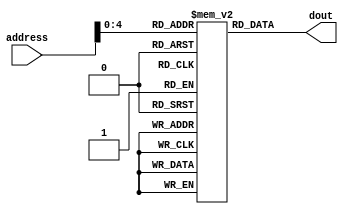
/*
    IMnocDMWraddr32
    
    1		q imem[address]
*/
`timescale 1ns /  1ns
module IMnoc
			(
				input [9:0] address,   //
				output reg [31:0] dout     //
			);

			//q <- imem[address]
			reg [31:0] imem [0:31];
			initial begin
//				imem[0]=32'b00000000001000100001100000100011;//subu $1 $2 $3;
//				imem[1]=32'b00000000001000100001100000100001;//addu $1 $2 $3
//				imem[2]=32'b001101_00010_00001_0000000000000101;//ori $2 5 $1;
//				imem[3]=32'b101011_00001_10000_0000000000000001;//sw $16 1($1);
//				imem[4]=32'b001101_00000_10000_0000011111110011;//ori $16,$0, 11111110011;
//				imem[5]=32'b100011_00001_10000_0000000000000001;//lw $16 1($1);
////				imem[5]=32'b000100_00011_00000_1111111111111110;//beq $3 $0 -2;
////				imem[6]=32'b000100_00011_00011_1111111111111110;//beq $3 $3 -2;
////				imem[7]=32'b00001100_00000000_00001100_00000000;// jal 0x3000;

      //imem[0]=32'b000000_00001_00010_0001100000100011;
      //imem[1]=32'h0c000c01; // jal 0x3004
      
        imem[0]=32'b000000_00001_00010_0001100000100011;//subu $1 $2 $3
        imem[1]=32'b000000_00001_00010_0001100000100001;//addu $1 $2 $3
        imem[2]=32'b001101_00010_00001_0000000000000101;//ori $2 5 $1;
        imem[3]=32'b101011_00001_10000_0000000000000001;//sw $16 1($1);
        imem[4]=32'b001101_00000_10000_0000011111110011;//ori $16, $0, 11111110011;
        imem[5]=32'b100011_00001_10000_0000000000000001;//lw $16 1($1);
        
        
        imem[6]=32'h340b0000;// ori $11, $0, 0
        imem[7]=32'h340c0001;// ori $12, $0, 1
        imem[8]=32'h340d0001;// ori $13. $0, 1
        // the_loop: 0x00003009
        imem[9]=32'h016d5821;// addu $11, $11, $13
        imem[10]=32'h116cfffe;// beq $11, $12, the_loop
        imem[11]=32'h0c000c00;// jal 0x3000
		  
			end
			always@(*)begin
				dout = imem[address];
			end

endmodule